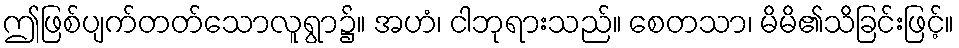
ဤဖြစ်ပျက်တတ်သောလူရွာ၌။ အဟံ၊ ငါဘုရားသည်။ စေတသာ၊ မိမိ၏သိခြင်းဖြင့်။